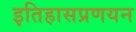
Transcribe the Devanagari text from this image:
इतिहासप्रणयन